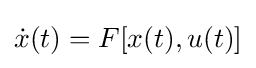
{\dot {x}}(t)=F[x(t),u(t)]